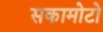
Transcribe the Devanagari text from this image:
सकामोटो